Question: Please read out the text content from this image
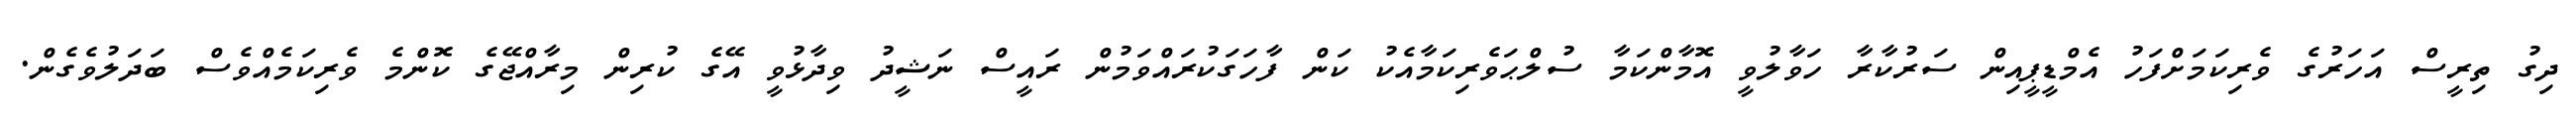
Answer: ދިގު ތިރީސް އަހަރުގެ ވެރިކަމަށްފަހު އެމްޑީޕީއިން ސަރުކާރާ ހަވާލުވީ އޮމާންކަމާ ސުލްޙަވެރިކަމާއެކު ކަން ފާހަގަކުރައްވަމުން ރައީސް ނަޝީދު ވިދާޅުވީ އޭގެ ކުރިން މިރާއްޖޭގެ ކޮންމެ ވެރިކަމެއްވެސް ބަދަލުވެގެން.